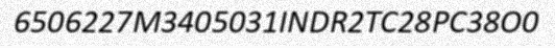
6506227M3405031INDR2TC28PC38O0